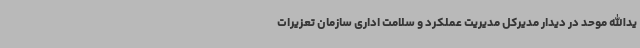
یدالله موحد در دیدار مدیرکل مدیریت عملکرد و سلامت اداری سازمان تعزیرات